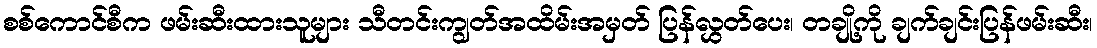
စစ်ကောင်စီက ဖမ်းဆီးထားသူများ သီတင်းကျွတ်အထိမ်းအမှတ် ပြန်လွှတ်ပေး၊ တချို့ကို ချက်ချင်းပြန်ဖမ်းဆီး၊